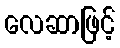
လေဆာဖြင့်